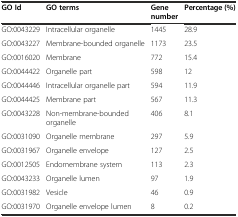
<table><thead><tr><td><b>GO Id</b></td><td><b>GO terms</b></td><td><b>Gene number</b></td><td><b>Percentage (%)</b></td></tr></thead><tbody><tr><td>GO:0043229</td><td>Intracellular organelle</td><td>1445</td><td>28.9</td></tr><tr><td>GO:0043227</td><td>Membrane-bounded organelle</td><td>1173</td><td>23.5</td></tr><tr><td>GO:0016020</td><td>Membrane</td><td>772</td><td>15.4</td></tr><tr><td>GO:0044422</td><td>Organelle part</td><td>598</td><td>12</td></tr><tr><td>GO:0044446</td><td>Intracellular organelle part</td><td>594</td><td>11.9</td></tr><tr><td>GO:0044425</td><td>Membrane part</td><td>567</td><td>11.3</td></tr><tr><td>GO:0043228</td><td>Non-membrane-bounded organelle</td><td>406</td><td>8.1</td></tr><tr><td>GO:0031090</td><td>Organelle membrane</td><td>297</td><td>5.9</td></tr><tr><td>GO:0031967</td><td>Organelle envelope</td><td>127</td><td>2.5</td></tr><tr><td>GO:0012505</td><td>Endomembrane system</td><td>113</td><td>2.3</td></tr><tr><td>GO:0043233</td><td>Organelle lumen</td><td>97</td><td>1.9</td></tr><tr><td>GO:0031982</td><td>Vesicle</td><td>46</td><td>0.9</td></tr><tr><td>GO:0031970</td><td>Organelle envelope lumen</td><td>8</td><td>0.2</td></tr></tbody></table>